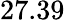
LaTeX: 27.39